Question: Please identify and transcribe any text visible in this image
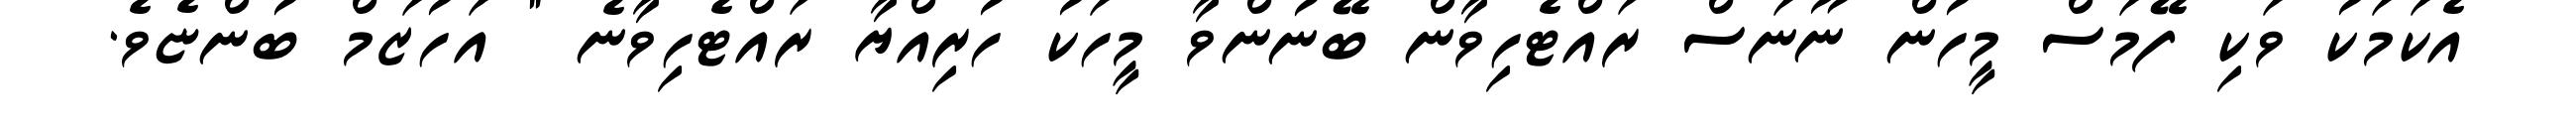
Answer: އެކަމަކު ވަކި ފޭމަސް މީހުން ނޫނަސް ރައްޓެހިވާން ބޭނުންވާ މީހަކު ހުރިއްޔާ ރައްޓެހިވާނެ " އަހުޒަމް ބުންޏެވެ.